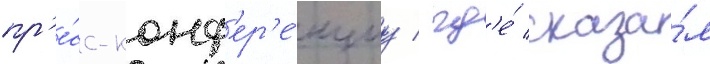
пр'е́сс-конф'ер'е́нциу / гд'е́ сказа́л